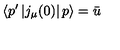
\left\langle p ^ { \prime } \left| j _ { \mu } ( 0 ) \right| p \right\rangle = \bar { u }